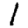
Digit: 1